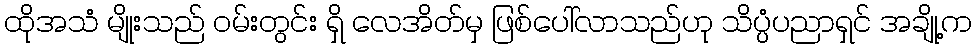
ထိုအသံ မျိုးသည် ဝမ်းတွင်း ရှိ လေအိတ်မှ ဖြစ်ပေါ်လာသည်ဟု သိပ္ပံပညာရှင် အချို့က